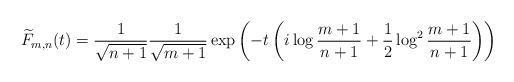
LaTeX: \begin{align*}\widetilde{F}_{m,n}(t) = \frac{1}{\sqrt{n+1}} \frac{1}{\sqrt{m+1}} \exp\left(-t\left(i\log{\frac{m+1}{n+1}} + \frac{1}{2}\log^2{\frac{m+1}{n+1}}\right)\right)\end{align*}